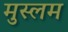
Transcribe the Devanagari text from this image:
मुस्लम